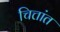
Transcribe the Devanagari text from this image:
चित्तांत